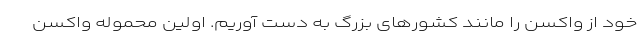
خود از واکسن را مانند کشورهای بزرگ به دست آوریم. اولین محموله واکسن